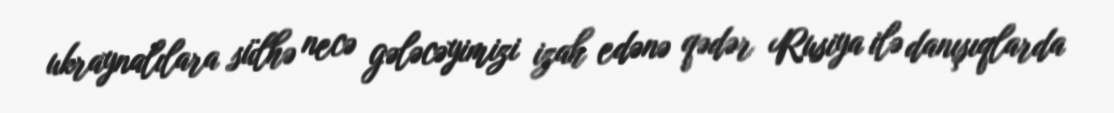
ukraynalılara sülhə necə gələcəyimizi izah edənə qədər Rusiya ilə danışıqlarda